Lunatic asylums Central Provinces reports 1886-1894 - 1886-1894
Year: 1886
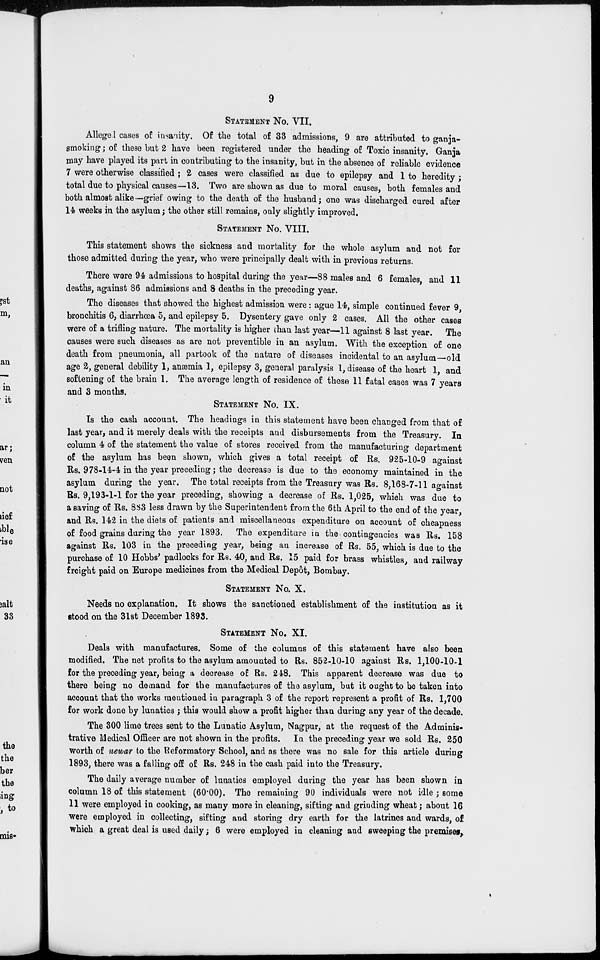
9
STATEMENT NO. VII.
Alleged cases of insanity. Of the total of 33 admissions, 9 are attributed to ganja-
smoking; of those but 2 have been registered under the heading of Toxic insanity. Ganja
may have played its part in contributing to the insanity, but in the absence of reliable evidence
7 were otherwise classified ; 2 cases were classified as due to epilepsy and 1 to heredity ;
total due to physical causes—13. Two are shown as due to moral causes, both females and
both almost alike—grief owing to the death of the husband; one was discharged cured after
14 weeks in the asylum; the other still remains, only slightly improved.
STATEMENT NO. VIII.
This statement shows the sickness and mortality for the whole asylum and not for
those admitted during the year, who were principally dealt with in previous returns.
There were 94 admissions to hospital during the year—88 males and 6 females and 11
deaths, against 86 admissions and 8 deaths in the preceding year.
The diseases that showed the highest admission were: ague 14, simple continued fever 9
bronchitis 6, diarrhœa 5, and epilepsy 5. Dysentery gave only 2 cases. All the other cases
were of a trifling nature. The mortality is higher than last year—11 against 8 last year. The
causes were such diseases as are not preventible in an asylum. With the exception of one
death from pneumonia, all partook of the nature of diseases incidental to an asylum old
age 2, general debility 1, anæmia 1, epilepsy 3, general paralysis 1, disease of the heart 1, and
softening of the brain 1. The average length of residence of these 11 fatal cases was 7 years
and 3 months.
STATEMENT NO. IX.
Is the cash account. The headings in this statement have been changed from that of
last year, and it merely deals with the receipts and disbursements from the Treasury. In
column 4 of the statement the value of stores received from the manufacturing department
of the asylum has been shown, which gives a total receipt of Rs. 925-10-9 against
Rs. 978-14-4 in the year preceding; the decrease is due to the economy maintained in the
asylum during the year. The total receipts from the Treasury was Rs. 8,168-7-11 against
Rs. 9,193-1-1 for the year preceding, showing a decrease of Rs. 1,025, which was due to
a saving of Rs. 883 less drawn by the Superintendent from the 6th April to the end of the year,
and Rs. 142 in the diets of patients and miscellaneous expenditure on account of cheapness
of food grains during the year 1893. The expenditure in the contingencies was Rs. 158
against Rs. 103 in the preceding year, being an increase of Rs. 55, which is due to the
purchase of 10 Hobbs' padlocks for Rs. 40, and Rs. 15 paid for brass whistles, and railway
freight paid on Europe medicines from the Medical Depôt, Bombay.
STATEMENT NO. X.
Needs no explanation. It shows the sanctioned establishment of the institution as it
stood on the 31st December 1893.
STATEMENT NO. XI.
Deals with manufactures. Some of the columns of this statement have also been
modified. The net profits to the asylum amounted to Rs. 852-10-10 against Rs. 1,100-10-1
for the preceding year, being a decrease of Rs. 248. This apparent decrease was due to
there being no demand for the manufactures of the asylum, but it ought to be taken into
account that the works mentioned in paragraph 3 of the report represent a profit of Rs. 1,700
for work done by lunatics ; this would show a profit higher than during any year of the decade.
The 300 lime trees sent to the Lunatic Asylum, Nagpur, at the request of the Adminis-
trative Medical Officer are not shown in the profits. In the preceding year we sold Rs. 250
worth of newar to the Reformatory School, and as there was no sale for this article during
1893, there was a falling off of Rs. 248 in the cash paid into the Treasury.
The daily average number of lunatics employed during the year has been shown in
column 18 of this statement (60.00). The remaining 90 individuals were not idle ; some
11 were employed in cooking, as many more in cleaning, sifting and grinding wheat; about 16
were employed in collecting, sifting and storing dry earth for the latrines and wards, of
which a great deal is used daily; 6 were employed in cleaning and sweeping the premises,